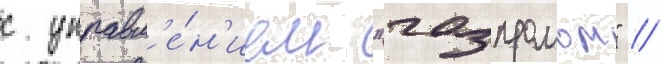
с управл'е́н'ием "газпромом" //